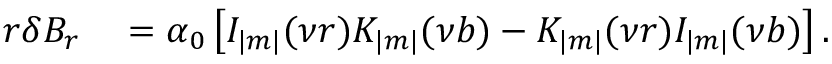
\begin{array} { r l } { r \delta B _ { r } } & { { } = \alpha _ { 0 } \left[ I _ { | m | } ( \nu r ) K _ { | m | } ( \nu b ) - K _ { | m | } ( \nu r ) I _ { | m | } ( \nu b ) \right] . } \end{array}